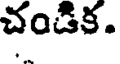
చండిక.